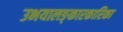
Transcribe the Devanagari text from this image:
उभयालङ्कारकारिका